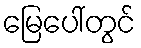
မြေပေါ်တွင်